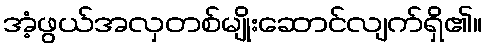
အံ့ဖွယ်အလှတစ်မျိုးဆောင်လျက်ရှိ၏။